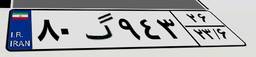
۶۲گ۵۲۰۲۱